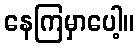
နေကြမှာပေါ့။